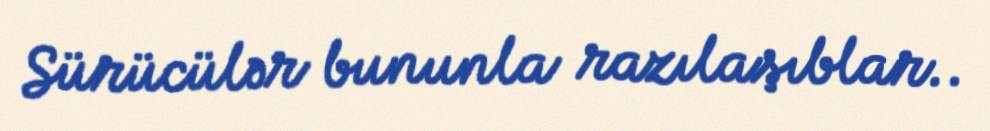
Sürücülər bununla razılaşıblar..